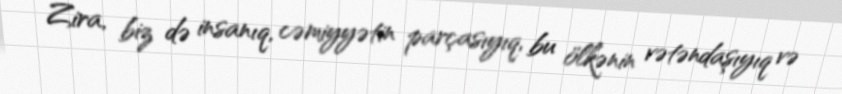
Zira, biz də insanıq, cəmiyyətin parçasıyıq, bu ölkənin vətəndaşıyıq və